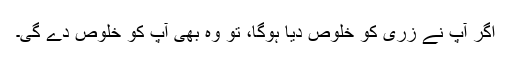
اگر آپ نے زری کو خلوص دیا ہوگا، تو وہ بھی آپ کو خلوص دے گی۔